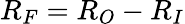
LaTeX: R_{F}=R_{O}-R_{I}